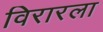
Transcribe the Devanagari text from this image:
विरारला